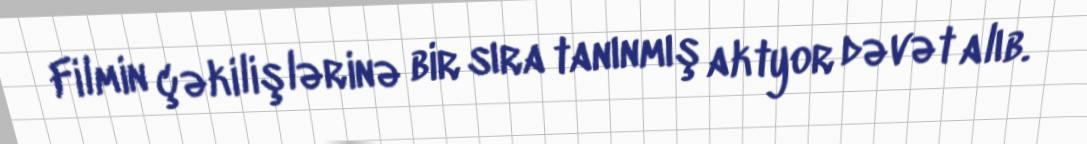
Filmin çəkilişlərinə bir sıra tanınmış aktyor dəvət alıb.